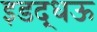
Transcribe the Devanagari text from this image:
इडद्धऊ